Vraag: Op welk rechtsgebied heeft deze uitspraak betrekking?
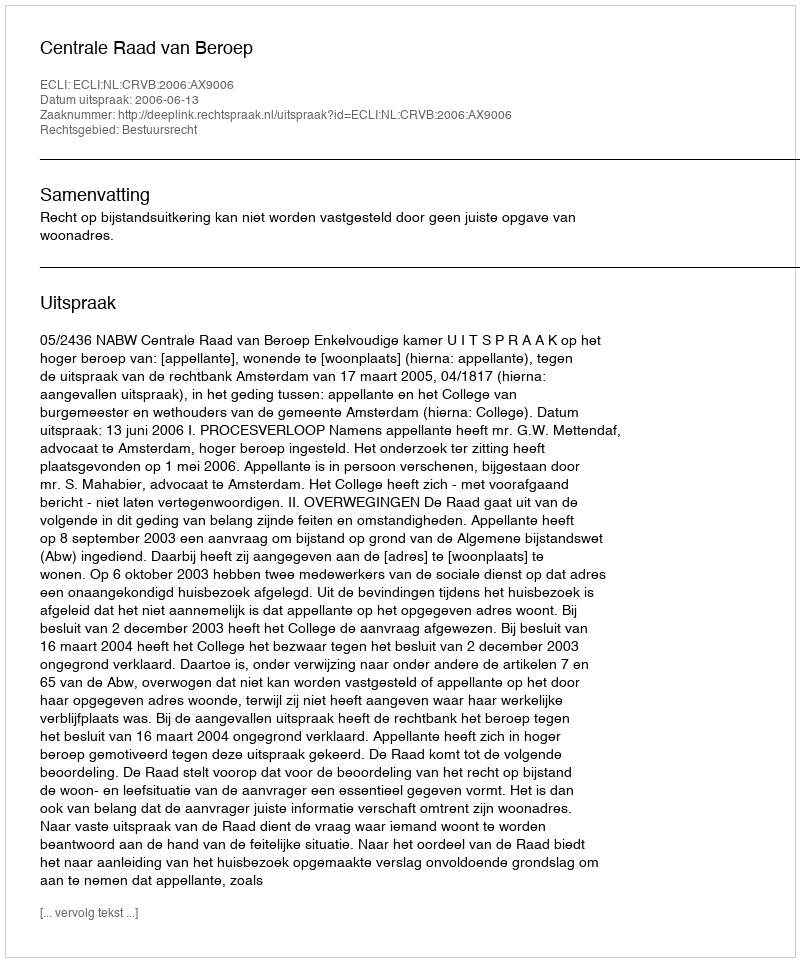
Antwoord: Bestuursrecht